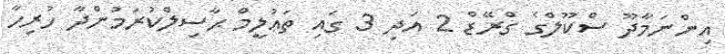
އިންނަމާދޫ ސްކޫލްގެ ގްރޭޑް 2 އަދި 3 ގައި ތަޢުލީމް ޙާސިލްކުރަމުންދާ ހުރިހާ